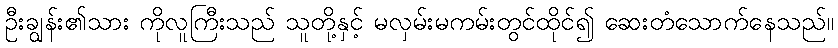
ဦးချွန်း၏သား ကိုလူကြီးသည် သူတို့နှင့် မလှမ်းမကမ်းတွင်ထိုင်၍ ဆေးတံသောက်နေသည်။